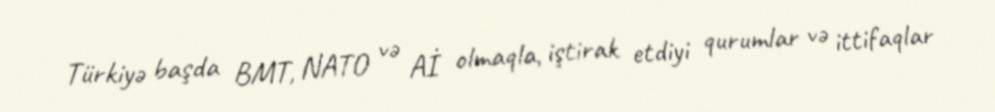
Türkiyə başda BMT, NATO və Aİ olmaqla, iştirak etdiyi qurumlar və ittifaqlar